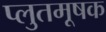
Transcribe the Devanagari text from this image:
प्लुतमूषक